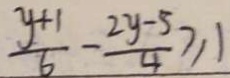
\frac { y + 1 } { 6 } - \frac { 2 y - 5 } { 4 } \geq 1